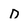
Character: D